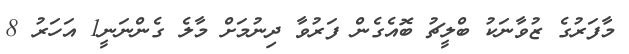
މާފަރުގެ ޒުވާނަކު ބްލީޗު ބޮއެގެން ފަރުވާ ދިނުމަށް މާލެ ގެންނަނީ1 އަހަރު 8